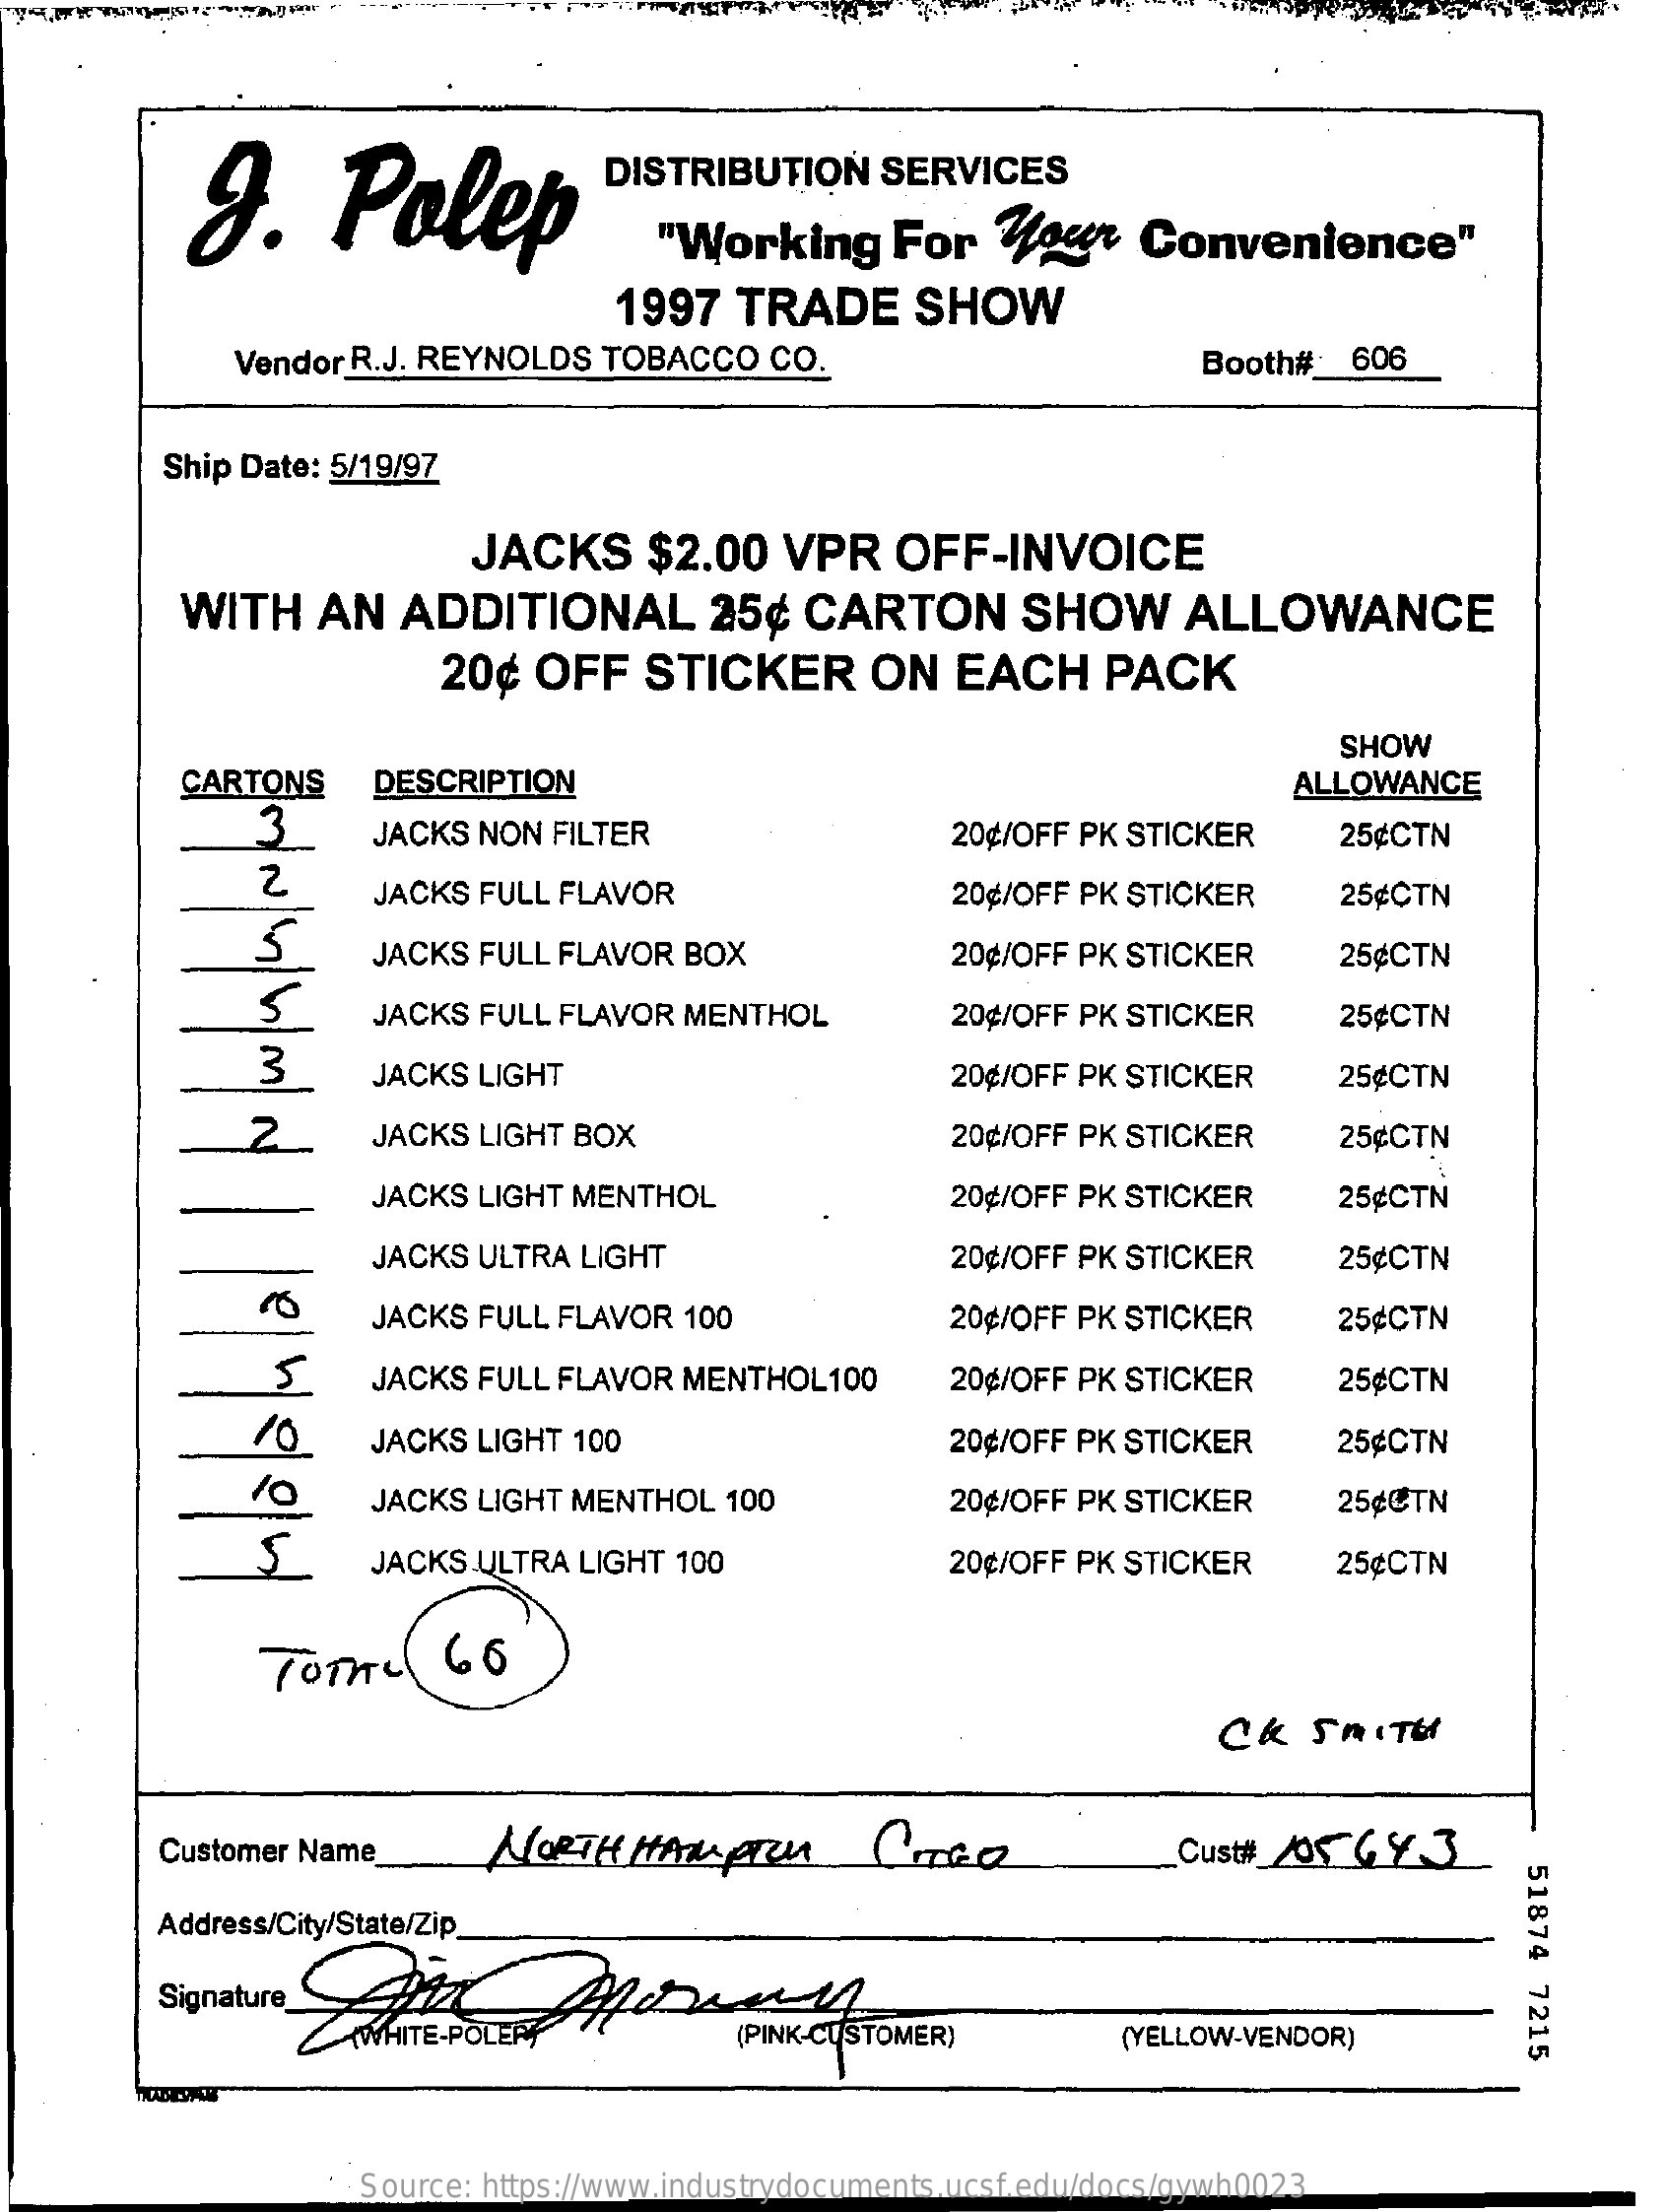
9.    Polep
     DISTRIBUTION    SERVICES
     "Working    For   Your    Convenience"
     1997   TRADE    SHOW
     Vendor R.J. REYNOLDS   TOBACCO   CO.    Booth#    606
     Ship Date: 5/19/97
     JACKS    $2.00    VPR    OFF-INVOICE
     WITH    AN   ADDITIONAL    25¢   CARTON    SHOW    ALLOWANCE
     20¢  OFF    STICKER    ON   EACH    PACK
     SHOW
     CARTONS    DESCRIPTION    ALLOWANCE
     3    JACKS NON  FILTER    20¢/OFF PK STICKER    25¢CTN
     2    JACKS FULL FLAVOR    20¢/OFF PK STICKER    25¢CTN
     JACKS FULL FLAVOR  BOX    20¢/OFF PK STICKER    25¢CTN
     5    JACKS FULL FLAVOR  MENTHOL    20¢/OFF PK STICKER    25¢CTN
     3    JACKS LIGHT    20¢/OFF PK STICKER    25¢CTN
     2    JACKS  LIGHT BOX    20¢/OFF PK STICKER    25¢CTN
     JACKS LIGHT MENTHOL    20¢/OFF PK STICKER    25¢CTN
     JACKS ULTRA LIGHT    20¢/OFF PK STICKER    25¢CTN
     JACKS FULL FLAVOR  100    20¢/OFF PK STICKER    25¢CTN
     5    JACKS  FULL FLAVOR  MENTHOL  100    20¢/OFF PK STICKER    25¢CTN
     JACKS LIGHT 100    20¢/OFF PK STICKER    25¢CTN
     /0    JACKS  LIGHT MENTHOL   100    20¢/OFF PK STICKER    25¢CTN
     S    JACKS  ULTRA LIGHT 100    20¢/OFF PK STICKER    25¢CTN
     TOTAL   ( 66
     CK    SMITH
     Customer Name    NORTH   HAMPTON    CITER    Cust#_205  443
     51874
     7215
     Address/City/State/Zip
     Signature GA    Ahora
     (PINK-CUSTOMER)    (YELLOW-VENDOR)
     Source: https://www.industrydocuments.ucsf.edu/docs/gywh0023